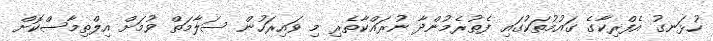
ހުޅަނގު އެފްރިކާގެ ގައުމުތަކުގައި ފެތުރެެމުންދާ ނުރައްކާތެރި މި ވައިރަހުން ސަލާމަތް ވުމަށް އިލްތިމާސްކޮށް